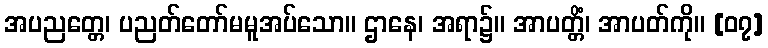
အပညတ္တေ၊ ပညတ်တော်မမူအပ်သော။ ဌာနေ၊ အရာ၌။ အာပတ္တိံ၊ အာပတ်ကို။ [၀၇]